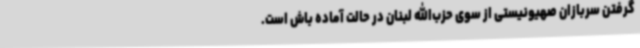
گرفتن سربازان صهیونیستی از سوی حزب‌الله لبنان در حالت آماده باش است.